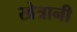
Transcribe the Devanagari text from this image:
खेत्रानी